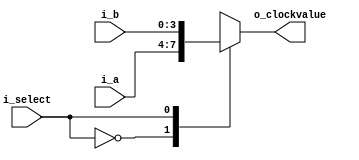
`timescale 1ns / 1ps

module Mux_2x1(
    input [3:0] i_a, i_b,
    input i_select,
    output [3:0] o_clockvalue
    );

    reg [3:0] r_clockvalue;

    assign o_clockvalue = r_clockvalue;

    always @(*) begin
        case (i_select)
            1'b0 : r_clockvalue <= i_a;
            1'b1 : r_clockvalue <= i_b;
        endcase
    end
endmodule